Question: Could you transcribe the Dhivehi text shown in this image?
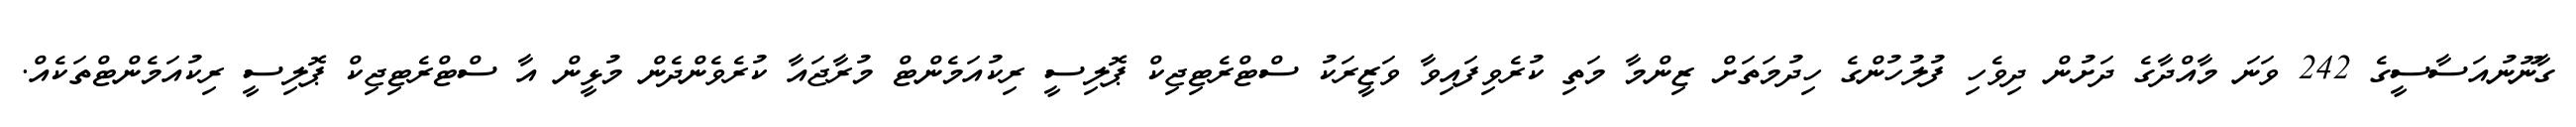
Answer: ގާނޫނުއަސާސީގެ 242 ވަނަ މާއްދާގެ ދަށުން ދިވެހި ފުލުހުންގެ ހިދުމަތަށް ޒިންމާ މަތި ކުރެވިފައިވާ ވަޒީރަކު ސްޓްރެޓިޖިކް ޕޮލިސީ ރިކުއަމެންޓް މުރާޖައާ ކުރެވެންދެން މުޅީން އާ ސްޓްރެޓިޖިކް ޕޮލިސީ ރިކުއަމެންޓްތަކެއް.